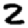
Digit: 2